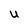
Character: U